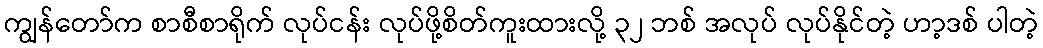
ကျွန်တော်က စာစီစာရိုက် လုပ်ငန်း လုပ်ဖို့စိတ်ကူးထားလို့ ၃၂ ဘစ် အလုပ် လုပ်နိုင်တဲ့ ဟာ့ဒစ် ပါတဲ့